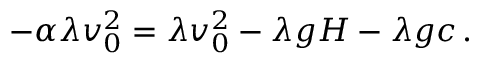
\begin{array} { r } { - \alpha \lambda v _ { 0 } ^ { 2 } = \lambda v _ { 0 } ^ { 2 } - \lambda g H - \lambda g c \, . } \end{array}